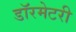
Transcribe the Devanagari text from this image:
डॉरमेटरी